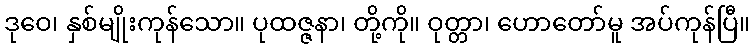
ဒုဝေ၊ နှစ်မျိုးကုန်သော။ ပုထဇ္ဇနာ၊ တို့ကို။ ဝုတ္တာ၊ ဟောတော်မူ အပ်ကုန်ပြီ။